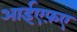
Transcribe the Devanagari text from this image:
आईएफ़ए